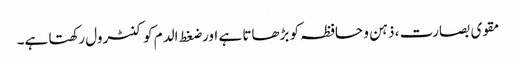
مقوی بصارت ، ذہن و حافظہ کو بڑھاتا ہے اور ضغط الدم کو کنٹرول رکھتا ہے۔